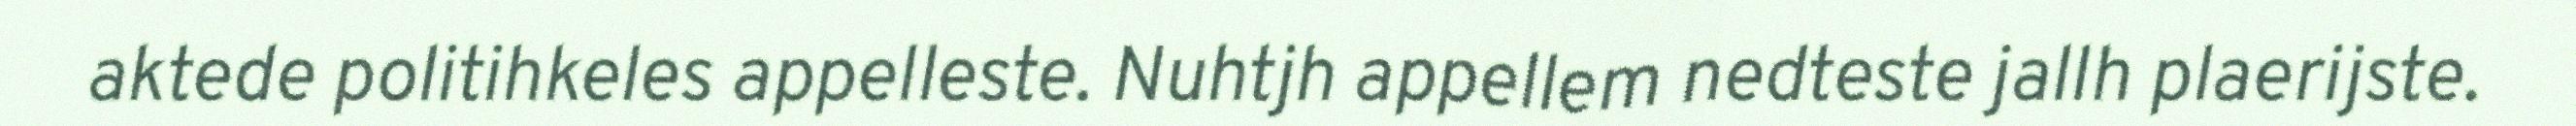
aktede politihkeles appelleste. Nuhtjh appellem nedteste jallh plaerijste.